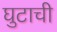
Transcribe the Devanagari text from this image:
घुटाची